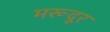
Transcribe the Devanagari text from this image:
मरूदूर